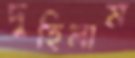
দুহিলাম